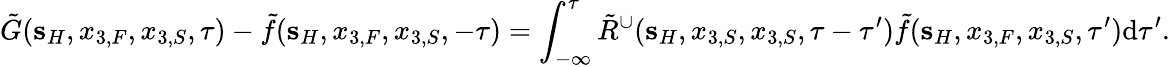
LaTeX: \tilde{G}({\mathbf s}_{H},x_{3,F},x_{3,S},\tau)-\tilde{f}({\mathbf s}_{H},x_{3,F},x_{3,S},-\tau)=\int_{-\infty}^{\tau}\tilde{R}^{\cup}({\mathbf s}_{H},x_{3,S},x_{3,S},\tau-\tau^{\prime})\tilde{f}({\mathbf s}_{H},x_{3,F},x_{3,S},\tau^{\prime})\mathrm{d}\tau^{\prime}.